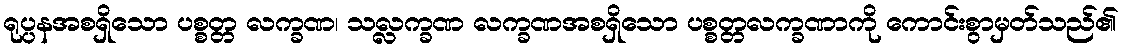
ရုပ္ပနအစရှိသော ပစ္စတ္တ လက္ခဏ၊ သလ္လက္ခဏ လက္ခဏအစရှိသော ပစ္စတ္တလက္ခဏာကို ကောင်းစွာမှတ်သည်၏